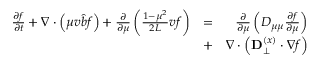
\begin{array} { r l r } { \frac { \partial f } { \partial t } + \nabla \cdot \left( \mu v \hat { b } f \right) + \frac { \partial } { \partial \mu } \left( \frac { 1 - \mu ^ { 2 } } { 2 L } v f \right) } & { = } & { \frac { \partial } { \partial \mu } \left( D _ { \mu \mu } \frac { \partial f } { \partial \mu } \right) } \\ & { + } & { \nabla \cdot \left( \mathbf { D } _ { \perp } ^ { ( x ) } \cdot \nabla f \right) } \end{array}